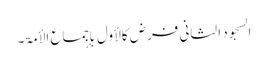
السجود الثانی فرض کالأول بإجماع الأمۃ۔